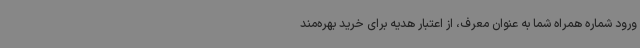
ورود شماره همراه شما به عنوان معرف، از اعتبار هدیه برای خرید بهره‌مند